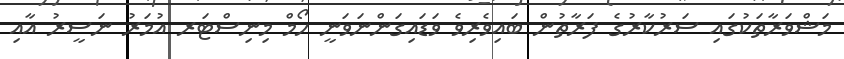
މަޝްވަރާތަކުގައި ސަރުކާރުގެ ފަރާތުން ބައިވެރިވެ ވަޑައިގަންނަވަނީ ހޯމް މިނިސްޓަރ އުމަރު ނަސީރު އާއި